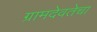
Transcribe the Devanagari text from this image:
ग्रामदेवतेचा